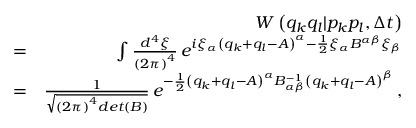
\begin{array} { r l r } & { } & { W \left( q _ { k } q _ { l } | p _ { k } p _ { l } , \Delta t \right) } \\ & { = } & { \int \frac { d ^ { 4 } \xi } { \left( 2 \pi \right) ^ { 4 } } \, e ^ { i \xi _ { \alpha } \left( q _ { k } + q _ { l } - A \right) ^ { \alpha } - \frac { 1 } { 2 } \xi _ { \alpha } B ^ { \alpha \beta } \xi _ { \beta } } } \\ & { = } & { \frac { 1 } { \sqrt { \left( 2 \pi \right) ^ { 4 } d e t \left( B \right) } } \, e ^ { - \frac { 1 } { 2 } \left( q _ { k } + q _ { l } - A \right) ^ { \alpha } B _ { \alpha \beta } ^ { - 1 } \left( q _ { k } + q _ { l } - A \right) ^ { \beta } } \, , } \end{array}